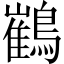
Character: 䳽